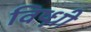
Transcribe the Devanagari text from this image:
विष्ध्नी